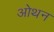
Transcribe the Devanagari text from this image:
ओथन